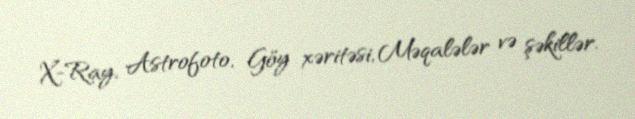
X-Ray, Astrofoto, Göy xəritəsi, Məqalələr və şəkillər.